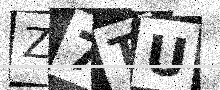
Text: Z7TU